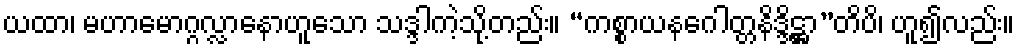
ယထာ၊ မဟာမောဂ္ဂလ္လာနောဟူသော သဒ္ဒါကဲ့သို့တည်း။ “ကစ္စာယနဂေါတ္တနိဒ္ဒိဋ္ဌာ”တိပိ၊ ဟူ၍လည်း။